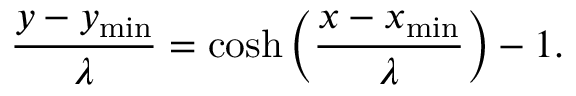
\frac { y - y _ { \mathrm { m i n } } } { \lambda } = \cosh \left( \frac { x - x _ { \mathrm { m i n } } } { \lambda } \right) - 1 .